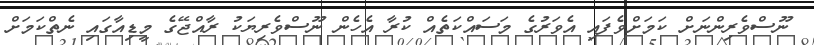
ނޫސްވެރިންނަށް ކަމަށްވެފައި އެވަރުގެ މަސައްކަތެއް ކުރާ އެހެން ނޫސްވެރިޔަކު ރާއްޖޭގެ މީޑިއާގައި ނެތްކަމަށް